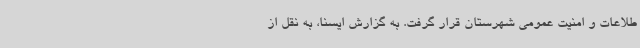
طلاعات و امنیت عمومی شهرستان قرار گرفت. به گزارش ایسنا، به نقل از